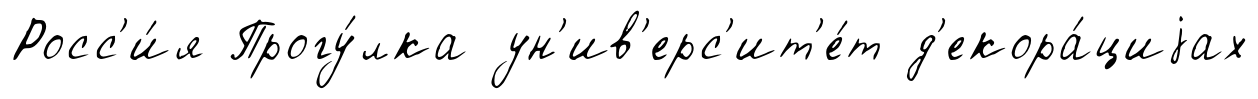
Росс'и́я Прогу́лка ун'ив'ерс'ит'е́т д'екора́циjах